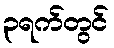
၃ရက်တွင်